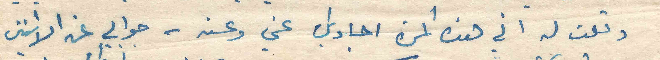
وقلت له اني هذه المرة اجاوبك عني وعنه - جوابي عن الاثنين